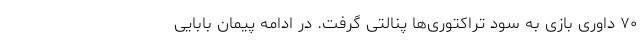
۷۰ داوری بازی به سود تراکتوری‌ها پنالتی گرفت. در ادامه پیمان بابایی